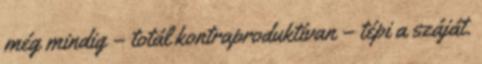
még mindig – totál kontraproduktívan – tépi a száját.